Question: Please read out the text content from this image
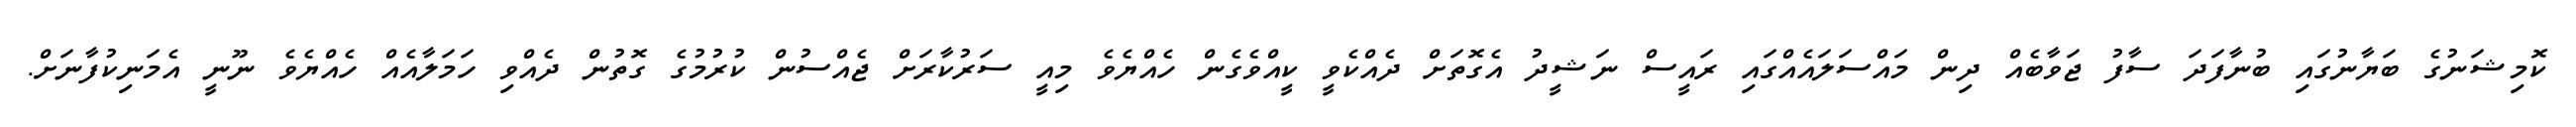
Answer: ކޮމިޝަނުގެ ބަޔާނުގައި ބުނާފަދަ ސާފު ޖަވާބެއް ދިން މައްސަލައެއްގައި ރައީސް ނަޝީދު އެގޮތަށް ދެއްކެވީ ކީއްވެގެން ހެއްޔެވެ މިއީ ސަރުކާރަށް ޖެއްސުން ކުރުމުގެ ގޮތުން ދެއްވި ހަމަލާއެއް ހެއްޔެވެ ނޫނީ އެމަނިކުފާނަށް.